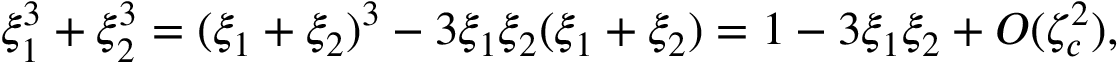
\xi _ { 1 } ^ { 3 } + \xi _ { 2 } ^ { 3 } = ( \xi _ { 1 } + \xi _ { 2 } ) ^ { 3 } - 3 \xi _ { 1 } \xi _ { 2 } ( \xi _ { 1 } + \xi _ { 2 } ) = 1 - 3 \xi _ { 1 } \xi _ { 2 } + O ( \zeta _ { c } ^ { 2 } ) ,